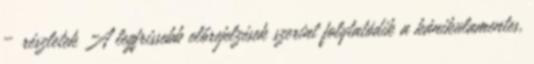
– részletek A legfrissebb előrejelzések szerint folytatódik a kánikulamentes,